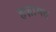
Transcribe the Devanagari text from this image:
हज़ामत